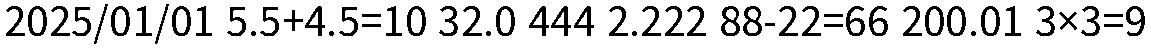
2025/01/01 5.5+4.5=10 32.0 444 2.222 88-22=66 200.01 3×3=9